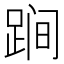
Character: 𨁴